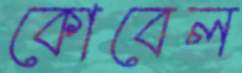
কোবেল